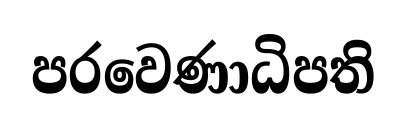
පරවෙණාධිපති